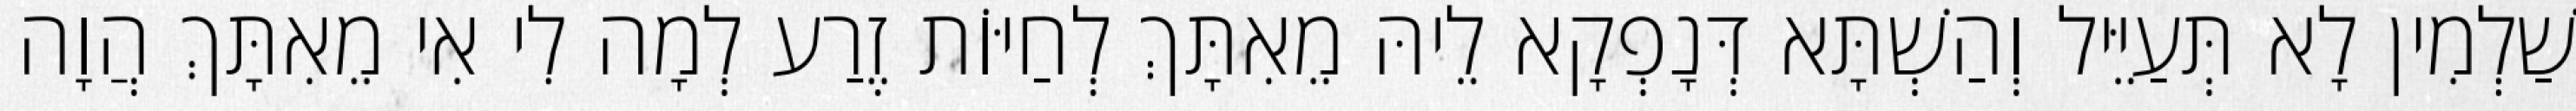
שַׁלְמִין לָא תְּעַיֵּיל וְהַשְׁתָּא דְּנָפְקָא לֵיהּ מֵאִתָּךְ לְחַיּוֹת זֶרַע לְמָה לִי אִי מֵאִתָּךְ הֲוָה